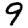
Digit: 9